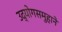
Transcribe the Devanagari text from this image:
उद्योगसमुहाने